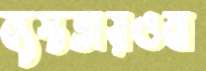
ব্যস্ততায়ওবা